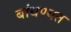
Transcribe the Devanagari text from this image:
बांधण्यत